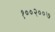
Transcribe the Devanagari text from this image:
१००२००७